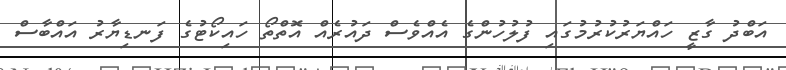
އަބްދު ގާޒީ ހައްޔަރުކުރުމުގައި ފުލުހުންގެ އެއްވެސް ދައުރެއް އޮތްތޯ ހައިކޯޓުގެ ފަނޑިޔާރު އައްބާސް